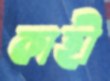
কাহী